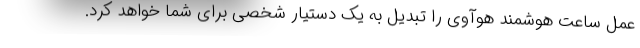
عمل ساعت هوشمند هوآوی را تبدیل به یک دستیار شخصی برای شما خواهد کرد.